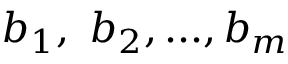
b _ { 1 } , \ b _ { 2 } , . . . , b _ { m }